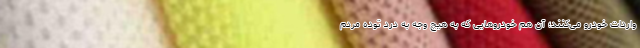
واردات خودرو می‌کنند؛ آن هم خودروهایی که به هیچ وجه به درد توده مردم